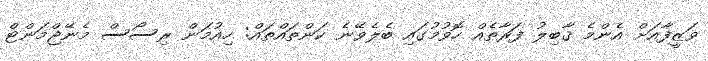
ވަޒީފާއަށް އެންމެ ޤާބިލު ފަރާތެއް ހޮވުމުގައި ބެލެވޭނެ ކަންތައްތައް: ހިއުމަން ރިސޯސް މެނޭޖްމަންޓް